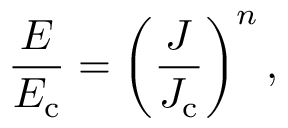
\frac { E } { E _ { \mathrm { c } } } = \left( \frac { J } { J _ { \mathrm { c } } } \right) ^ { n } ,